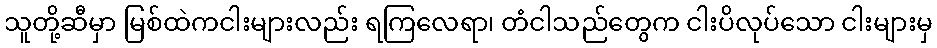
သူတို့ဆီမှာ မြစ်ထဲကငါးများလည်း ရကြလေရာ၊ တံငါသည်တွေက ငါးပိလုပ်သော ငါးများမှ